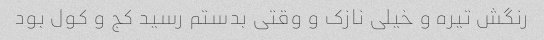
رنگش تیره و خیلی نازک و وقتی بدستم رسید کج و کول بود